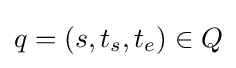
q=(s,t_{s},t_{e})\in Q